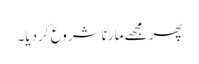
پھر مجھے مارنا شروع کر دیا۔